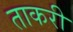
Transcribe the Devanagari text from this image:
ताकरी